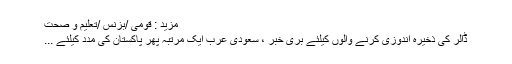
مزید : قومی /بزنس /تعلیم و صحت
ڈالر کی ذخیرہ اندوزی کرنے والوں کیلئے بری خبر ، سعودی عرب ایک مرتبہ پھر پاکستان کی مدد کیلئے ...